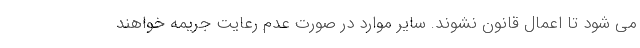
می شود تا اعمال قانون نشوند. سایر موارد در صورت عدم رعایت جریمه خواهند